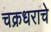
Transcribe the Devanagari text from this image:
चक्रधराचे